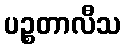
ပဉ္စတာလီသ